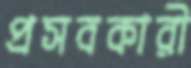
প্রসবকারী